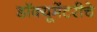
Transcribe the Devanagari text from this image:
डॉक्यूमेंटरीचे